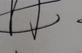
Signature authenticity: genuine